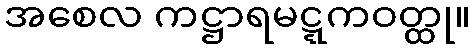
အစေလ ကဋ္ဌာရမဋ္ဋကဝတ္ထု။